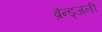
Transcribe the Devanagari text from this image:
ब्रॅन्ड्जनी